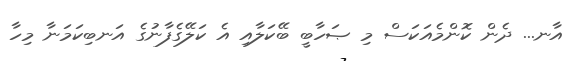
އާނ... ދެން ކޮންމެއަކަސް މި ޞަހާބީ ބޭކަލާއި އެ ކަލޭގެފާނުގެ އަނބިކަމަނާ މިހާ